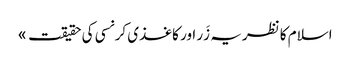
اسلام کا نظریہ زَر اور کاغذی کرنسی کی حقیقت »